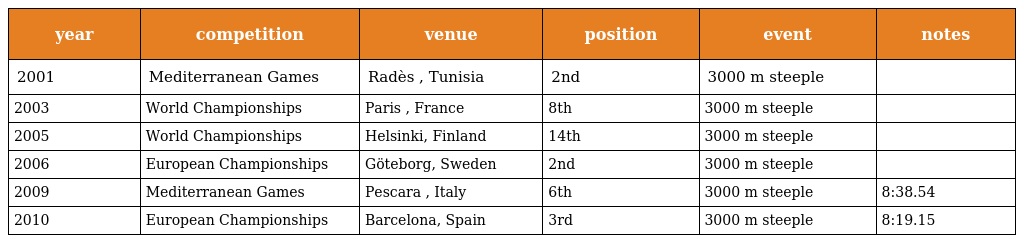
| year | competition | venue | position | event | notes |
 | --- | --- | --- | --- | --- | --- |
 | 2001 | Mediterranean Games | Radès , Tunisia | 2nd | 3000 m steeple |  |
 | 2003 | World Championships | Paris , France | 8th | 3000 m steeple |  |
 | 2005 | World Championships | Helsinki, Finland | 14th | 3000 m steeple |  |
 | 2006 | European Championships | Göteborg, Sweden | 2nd | 3000 m steeple |  |
 | 2009 | Mediterranean Games | Pescara , Italy | 6th | 3000 m steeple | 8:38.54 |
 | 2010 | European Championships | Barcelona, Spain | 3rd | 3000 m steeple | 8:19.15 |